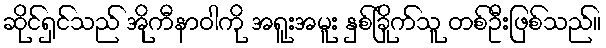
ဆိုင်ရှင်သည် အိုကီနာဝါကို အရူးအမူး နှစ်ခြိုက်သူ တစ်ဦးဖြစ်သည်။